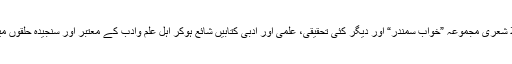
اس سے پہلے ان کا پہلا شعری مجموعہ ”خواب سمندر“ اور دیگر کئی تحقیقی، علمی اور ادبی کتابیں شائع ہوکر اہل علم وادب کے معتبر اور سنجیدہ حلقوں میں اپنا مقام بنا چکی ہیں۔